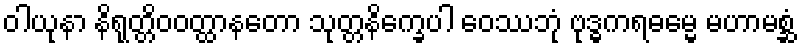
ဝါယုနာ နိရုတ္တိဝဝတ္ထာနတော သုတ္တနိက္ခေပါ ဝေဿဘုံ ဗုဒ္ဓကရဓမ္မေ မဟာမစ္ဆံ